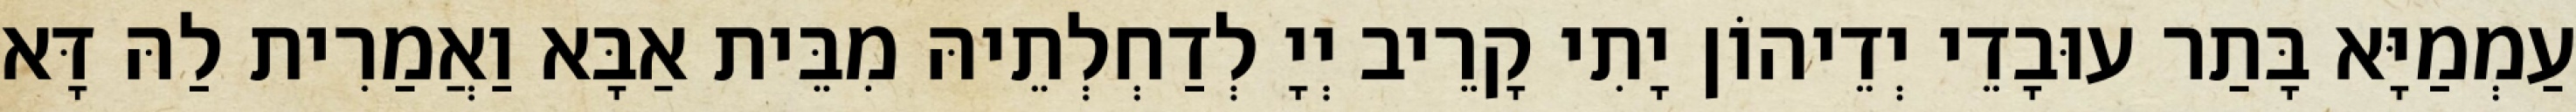
עַמְמַיָּא בָּתַר עוּבָדֵי יְדֵיהוֹן יָתִי קָרֵיב יְיָ לְדַחְלְתֵיהּ מִבֵּית אַבָּא וַאֲמַרִית לַהּ דָּא